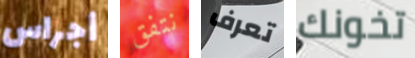
أجراس نتفق تعرف تخونك